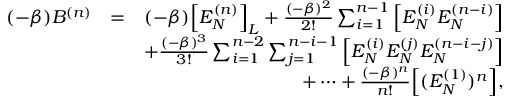
\begin{array} { r l r } { ( - \beta ) B ^ { ( n ) } } & { = } & { ( - \beta ) \Big [ E _ { N } ^ { ( n ) } \Big ] _ { L } + \frac { ( - \beta ) ^ { 2 } } { 2 ! } \sum _ { i = 1 } ^ { n - 1 } \Big [ E _ { N } ^ { ( i ) } E _ { N } ^ { ( n - i ) } \Big ] } \\ & { } & { + \frac { ( - \beta ) ^ { 3 } } { 3 ! } \sum _ { i = 1 } ^ { n - 2 } \sum _ { j = 1 } ^ { n - i - 1 } \Big [ E _ { N } ^ { ( i ) } E _ { N } ^ { ( j ) } E _ { N } ^ { ( n - i - j ) } \Big ] } \\ & { } & { + \cdots + \frac { ( - \beta ) ^ { n } } { n ! } \Big [ ( E _ { N } ^ { ( 1 ) } ) ^ { n } \Big ] , } \end{array}